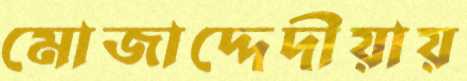
মোজাদ্দেদীয়ায়